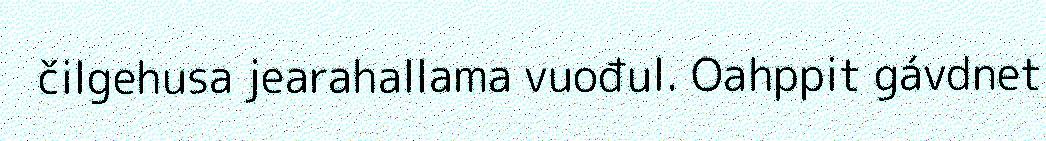
čilgehusa jearahallama vuođul. Oahppit gávdnet